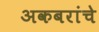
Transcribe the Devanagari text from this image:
अकबरांचे